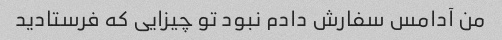
من آدامس سفارش دادم نبود تو چیزایی که فرستادید